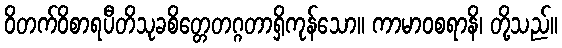
ဝိတက်ဝိစာရပီတိသုခစိတ္တေတဂ္ဂတာရှိကုန်သော။ ကာမာဝစရာနိ၊ တို့သည်။